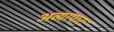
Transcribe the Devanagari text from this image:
अव्यापारः